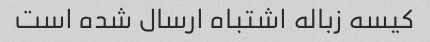
کیسه زباله اشتباه ارسال شده است